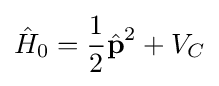
{\hat {H}}_{0}={\frac {1}{2}}{\hat {\textbf {p}}}^{2}+V_{C}